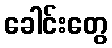
ခေါင်းတွေ